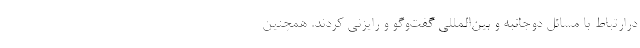
درارتباط با مسائل دوجانبه و بین‌المللی گفت‌وگو و رایزنی کردند. همچنین